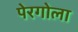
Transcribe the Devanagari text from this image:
पेरगोला